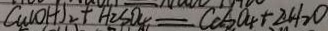
C u ( O H ) _ { 2 } + H _ { 2 } S O _ { 4 } = C a S O _ { 4 } + 2 H _ { 2 } O